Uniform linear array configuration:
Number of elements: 24
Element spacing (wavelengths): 1
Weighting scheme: binomial
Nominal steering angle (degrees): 15
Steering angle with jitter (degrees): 14.57
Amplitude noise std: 0.05
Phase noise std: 0.05

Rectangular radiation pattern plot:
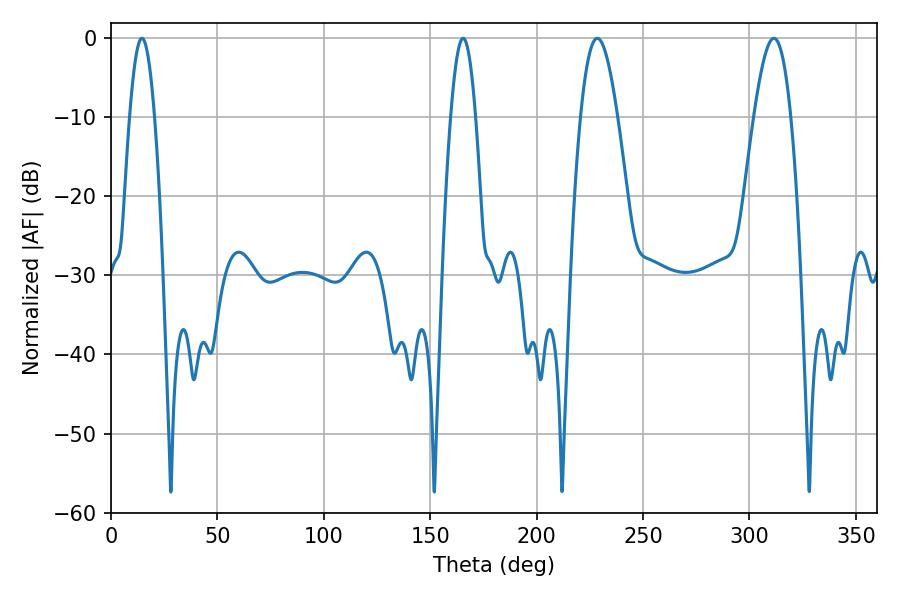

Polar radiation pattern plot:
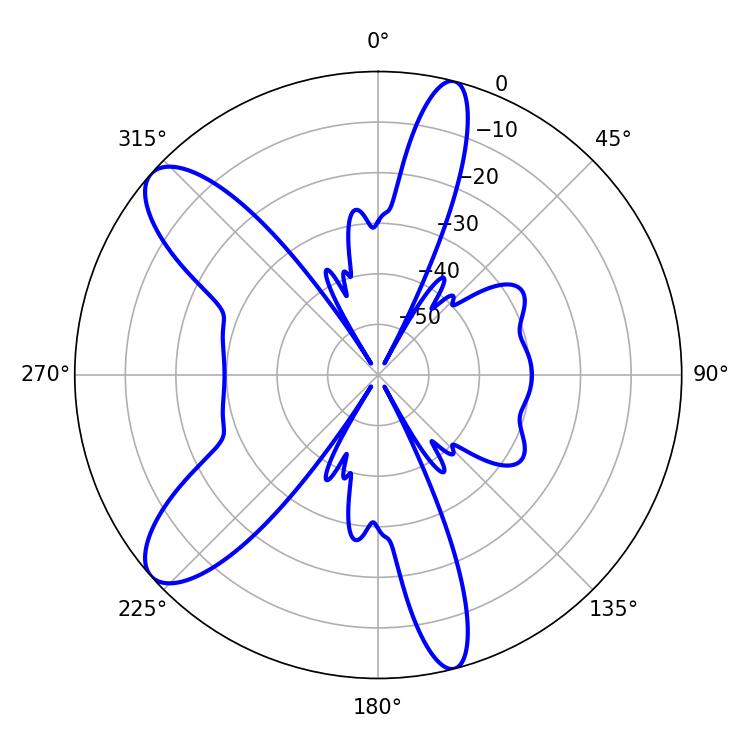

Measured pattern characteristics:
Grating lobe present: TRUE
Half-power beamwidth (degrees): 6.3
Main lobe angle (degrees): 14.58